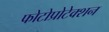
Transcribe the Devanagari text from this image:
फोटोप्रोटेक्शन